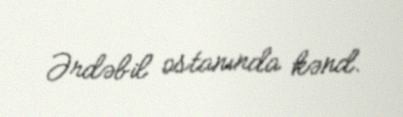
Ərdəbil ostanında kənd.